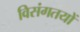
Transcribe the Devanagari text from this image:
विसंगतयों